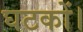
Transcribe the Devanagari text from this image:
घटकों।